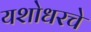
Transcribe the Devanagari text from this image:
यशोधरचे